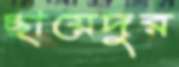
ছায়েদুর